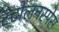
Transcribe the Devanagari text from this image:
स्टोलनस्पेस